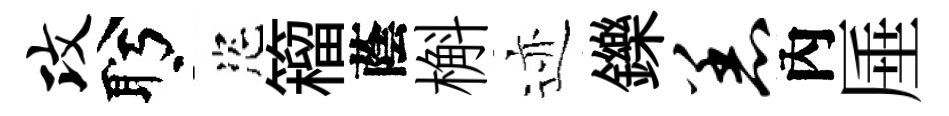
攻盻恣籕蔭槲迹鑠恙內厜